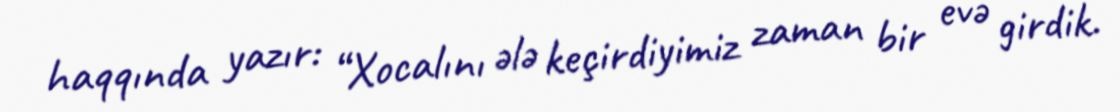
haqqında yazır: “Xocalını ələ keçirdiyimiz zaman bir evə girdik.